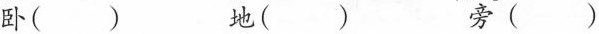
卧() 地( ) 旁()